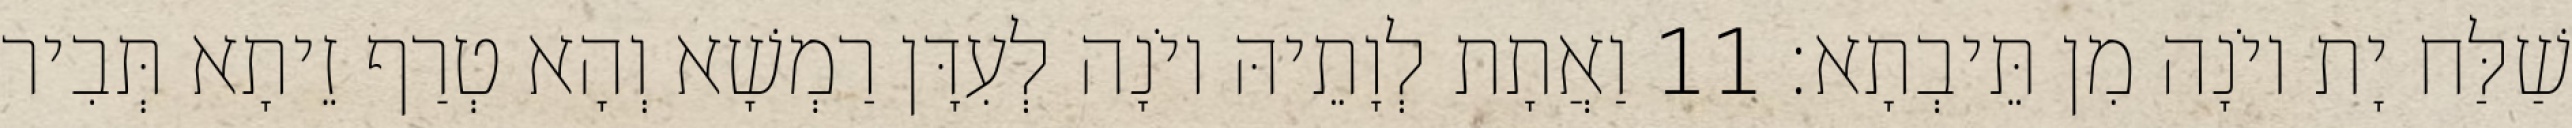
שַׁלַּח יָת יוֹנָה מִן תֵּיבְתָא׃ 11 וַאֲתָת לְוָתֵיהּ יוֹנָה לְעִדָּן רַמְשָׁא וְהָא טְרַף זֵיתָא תְּבִיר